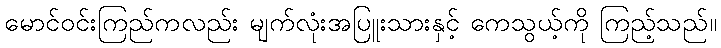
မောင်ဝင်းကြည်ကလည်း မျက်လုံးအပြူးသားနှင့် ကေသွယ့်ကို ကြည့်သည်။